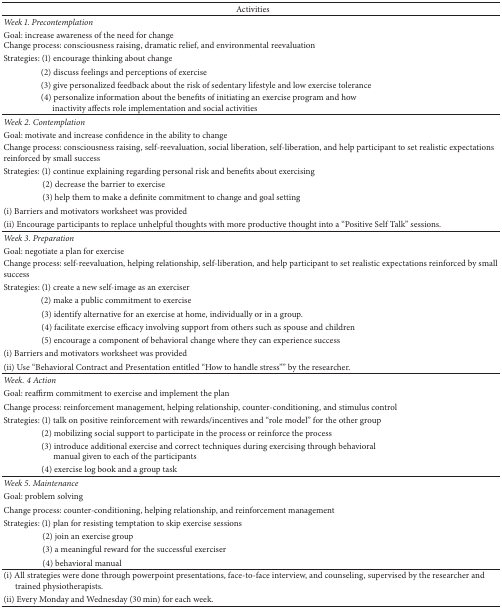
<table><thead><tr><td colspan="2"><b>Activities</b></td></tr></thead><tbody><tr><td><i>Week 1. Precontemplation </i></td><td> </td></tr><tr><td>Goal: increase awareness of the need for changeChange process: consciousness raising, dramatic relief, and environmental reevaluation</td><td> </td></tr><tr><td>Strategies: (1) encourage thinking about change</td><td> </td></tr><tr><td>(2) discuss feelings and perceptions of exercise</td><td> </td></tr><tr><td>(3) give personalized feedback about the risk of sedentary lifestyle and low exercise tolerance</td><td> </td></tr><tr><td>(4) personalize information about the benefits of initiating an exercise program and howinactivity affects role implementation and social activities</td><td> </td></tr><tr><td><i>Week 2. Contemplation </i></td><td> </td></tr><tr><td>Goal: motivate and increase confidence in the ability to change</td><td> </td></tr><tr><td>Change process: consciousness raising, self-reevaluation, social liberation, self-liberation, and help participant to set realistic expectationsreinforced by small success</td><td> </td></tr><tr><td>Strategies: (1) continue explaining regarding personal risk and benefits about exercising</td><td> </td></tr><tr><td>(2) decrease the barrier to exercise</td><td> </td></tr><tr><td>(3) help them to make a definite commitment to change and goal setting</td><td> </td></tr><tr><td>(i) Barriers and motivators worksheet was provided</td><td> </td></tr><tr><td>(ii) Encourage participants to replace unhelpful thoughts with more productive thought into a “Positive Self Talk” sessions. </td><td> </td></tr><tr><td><i>Week 3. Preparation </i></td><td> </td></tr><tr><td>Goal: negotiate a plan for exercise</td><td> </td></tr><tr><td>Change process: self-reevaluation, helping relationship, self-liberation, and help participant to set realistic expectations reinforced by small success</td><td> </td></tr><tr><td>Strategies: (1) create a new self-image as an exerciser</td><td> </td></tr><tr><td>(2) make a public commitment to exercise </td><td> </td></tr><tr><td>(3) identify alternative for an exercise at home, individually or in a group.</td><td> </td></tr><tr><td>(4) facilitate exercise efficacy involving support from others such as spouse and children</td><td> </td></tr><tr><td>(5) encourage a component of behavioral change where they can experience success</td><td> </td></tr><tr><td>(i) Barriers and motivators worksheet was provided</td><td> </td></tr><tr><td>(ii) Use “Behavioral Contract and Presentation entitled “How to handle stress”” by the researcher. </td><td> </td></tr><tr><td><i>Week. 4 Action </i></td><td> </td></tr><tr><td>Goal: reaffirm commitment to exercise and implement the plan</td><td> </td></tr><tr><td>Change process: reinforcement management, helping relationship, counter-conditioning, and stimulus control</td><td> </td></tr><tr><td>Strategies: (1) talk on positive reinforcement with rewards/incentives and “role model” for the other group</td><td> </td></tr><tr><td>(2) mobilizing social support to participate in the process or reinforce the process</td><td> </td></tr><tr><td>(3) introduce additional exercise and correct techniques during exercising through behavioralmanual given to each of the participants</td><td> </td></tr><tr><td>(4) exercise log book and a group task</td><td> </td></tr><tr><td><i>Week 5. Maintenance </i></td><td> </td></tr><tr><td>Goal: problem solving</td><td> </td></tr><tr><td>Change process: counter-conditioning, helping relationship, and reinforcement management</td><td> </td></tr><tr><td>Strategies: (1) plan for resisting temptation to skip exercise sessions</td><td> </td></tr><tr><td>(2) join an exercise group</td><td> </td></tr><tr><td>(3) a meaningful reward for the successful exerciser</td><td> </td></tr><tr><td>(4) behavioral manual</td><td> </td></tr><tr><td>(i) All strategies were done through powerpoint presentations, face-to-face interview, and counseling, supervised by the researcher andtrained physiotherapists.</td><td> </td></tr><tr><td>(ii) Every Monday and Wednesday (30 min) for each week.</td><td> </td></tr></tbody></table>